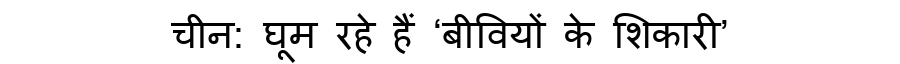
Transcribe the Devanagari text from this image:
चीन: घूम रहे हैं ‘बीवियों के शिकारी’